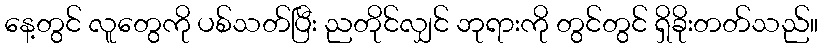
နေ့တွင် လူတွေကို ပစ်သတ်ပြီး ညတိုင်လျှင် ဘုရားကို တွင်တွင် ရှိခိုးတတ်သည်။